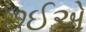
છઈએ